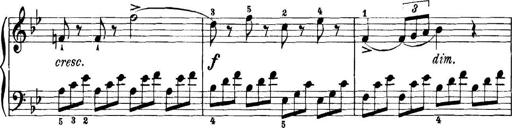
Title: 11 Sonatinas
Composer: Anton Diabelli